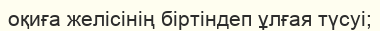
оқиға желісінің біртіндеп ұлғая түсуі;